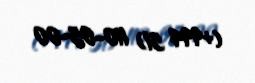
(+994 51) 110-05-00